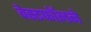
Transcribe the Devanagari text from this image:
वेस्टफॉलने